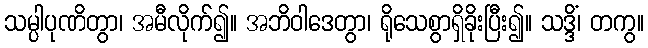
သမ္ပါပုဏိတွာ၊ အမီလိုက်၍။ အဘိဝါဒေတွာ၊ ရိုသေစွာရှိခိုးပြီး၍။ သဒ္ဒိံ၊ တကွ။